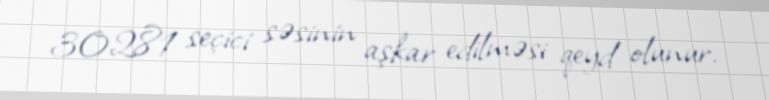
30281 seçici səsinin aşkar edilməsi qeyd olunur.